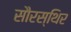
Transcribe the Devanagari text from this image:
सौरस्थिर